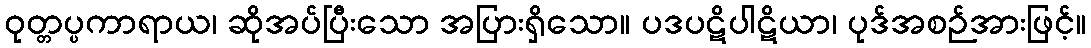
ဝုတ္တပ္ပကာရာယ၊ ဆိုအပ်ပြီးသော အပြားရှိသော။ ပဒပဋိပါဋိယာ၊ ပုဒ်အစဉ်အားဖြင့်။